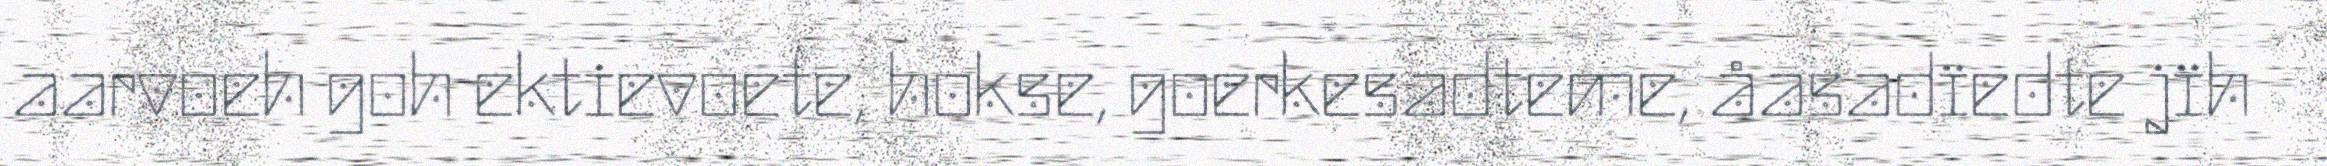
aarvoeh goh ektievoete, hokse, goerkesadteme, åasadïedte jïh